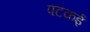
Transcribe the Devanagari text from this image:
पटकई